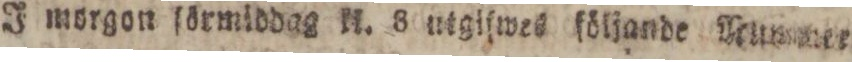
J morgon ſörmiddag kl. 8 utgiſwes följande Nummer.